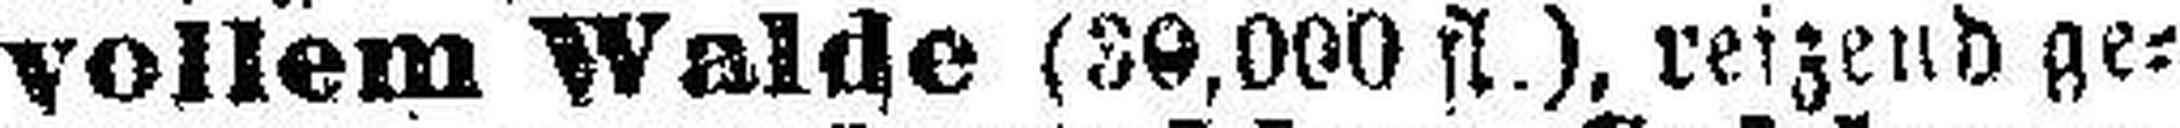
vollem Walde (30,000 fl.), reizend ge¬